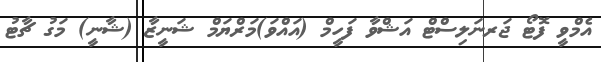
އެމްވީ ފޮޓޯ ޖަރނަލިސްޓް އަޝްވާ ފަހީމް (އައްވަ)މަރްޔަމް ޝަނީޒާ (ޝާނީ) މަގު ޗާޓު